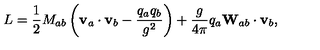
L = \frac { 1 } { 2 } M _ { a b } \left( { \bf v } _ { a } \cdot { \bf v } _ { b } - { \frac { q _ { a } q _ { b } } { g ^ { 2 } } } \right) + \frac { g } { 4 \pi } q _ { a } { \bf W } _ { a b } \cdot { \bf v } _ { b } ,